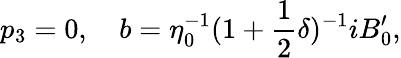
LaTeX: p_{3}=0,\quad b=\eta_{0}^{-1}(1+\frac{1}{2}\delta)^{-1}iB_{0}^{\prime},